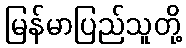
မြန်မာပြည်သူတို့